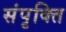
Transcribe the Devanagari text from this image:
संपृक्ति